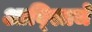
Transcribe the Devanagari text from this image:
आव्स्त्रिजे